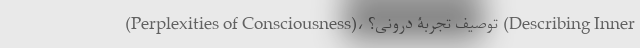
(Perplexities of Consciousness)، توصیف تجربۀ درونی؟ (Describing Inner